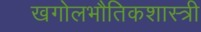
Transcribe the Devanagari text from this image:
खगोलभौतिकशास्त्री